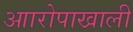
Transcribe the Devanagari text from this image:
आारोपाखाली